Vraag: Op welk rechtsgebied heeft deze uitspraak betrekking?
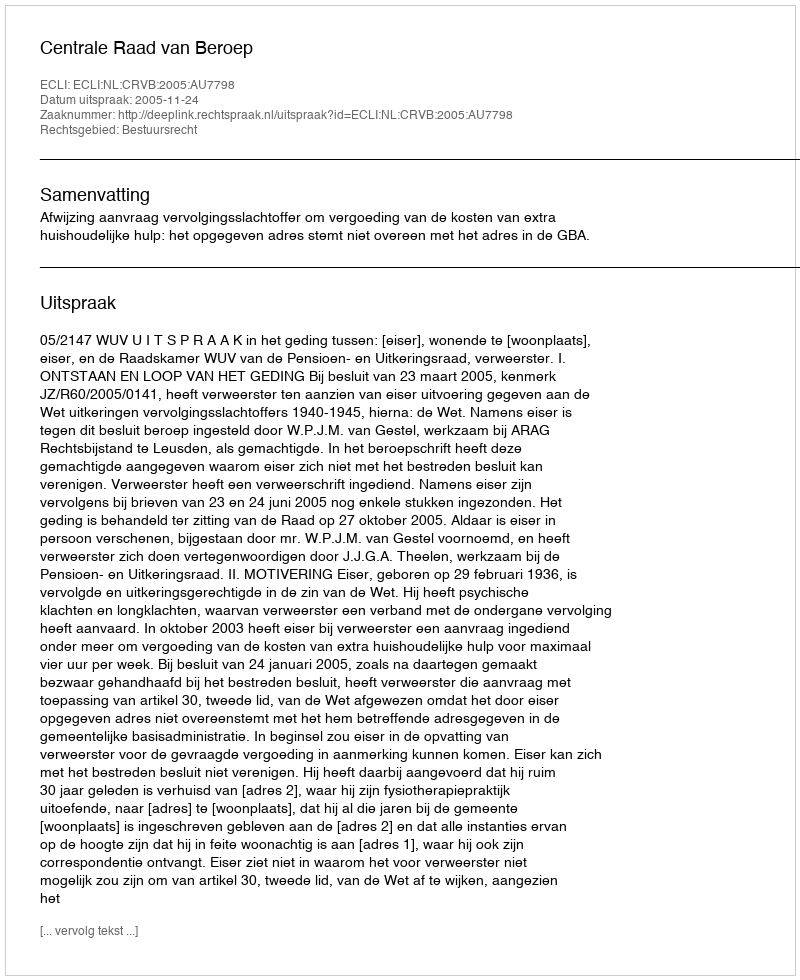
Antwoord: Bestuursrecht